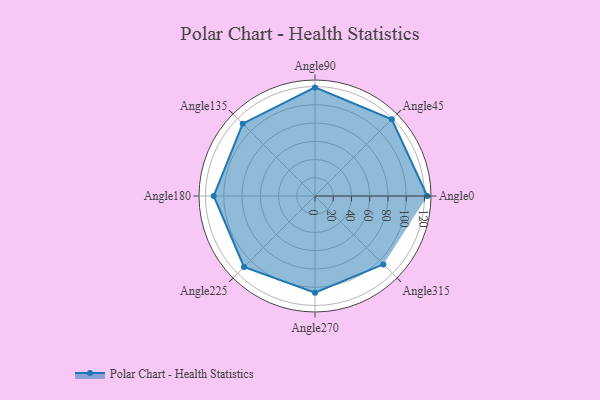
{"axis": {"x": "Angle", "y": "Radius"}, "legend": [""], "data": [{"x": "Angle0", "y": 123.0, "type": ""}, {"x": "Angle45", "y": 119.0, "type": ""}, {"x": "Angle90", "y": 119.0, "type": ""}, {"x": "Angle135", "y": 112.0, "type": ""}, {"x": "Angle180", "y": 111.0, "type": ""}, {"x": "Angle225", "y": 110.0, "type": ""}, {"x": "Angle270", "y": 106.0, "type": ""}, {"x": "Angle315", "y": 106.0, "type": ""}]}